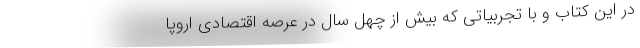
در این کتاب و با تجربیاتی که بیش از چهل سال در عرصه اقتصادی اروپا